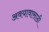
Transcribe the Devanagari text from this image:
अवयावासाठी